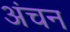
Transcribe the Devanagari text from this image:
अंचन